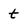
Character: t